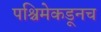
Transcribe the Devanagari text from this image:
पश्चिमेकडूनच